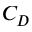
C _ { D }